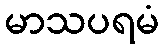
မာသပရမံ